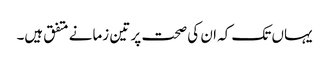
یہاں تک کہ ان کی صحت پر تین زمانے متفق ہیں۔